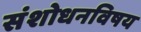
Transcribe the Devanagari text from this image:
संशोधनविषय